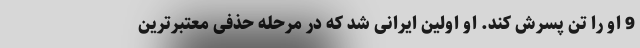
9 او را تن پسرش کند. او اولین ایرانی شد که در مرحله حذفی معتبرترین